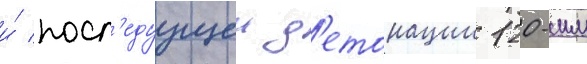
и́ посл'едуущеи д'етонации 120-мм